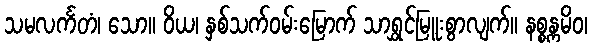
သမလင်္ကတံ၊ သော။ ဝိယ၊ နှစ်သက်ဝမ်းမြောက် သာရွှင်မြူးစွာလျက်။ နစ္စန္ကမိဝ၊